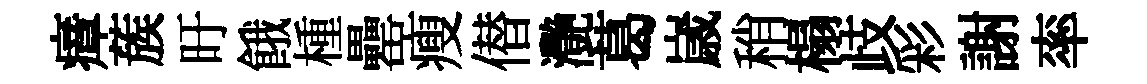
瘴蔟旴餓㮔罍瘦僣灧葛𡻕稍榻歧彩謝率